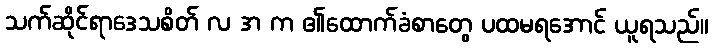
သက်ဆိုင်ရာဒေသစိတ် လ အ က ၏ထောက်ခံစာတွေ ပထမရအောင် ယူရသည်။